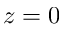
z = 0